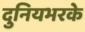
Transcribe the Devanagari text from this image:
दुनियभरके